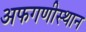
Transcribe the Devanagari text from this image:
अफगणीस्थान